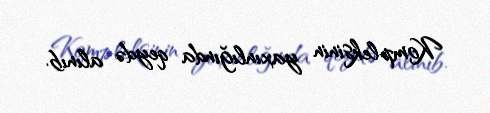
Kompleksinin yaxınlığında qeydə alınıb.